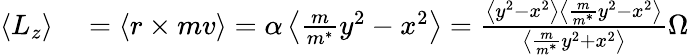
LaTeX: \begin{array}{rl}{\left<L_{z}\right>}&{{}=\left<r\times mv\right>=\alpha\left<\frac{m}{m^{*}}y^{2}-x^{2}\right>=\frac{\left<y^{2}-x^{2}\right>\left<\frac{m}{m^{*}}y^{2}-x^{2}\right>}{\left<\frac{m}{m^{*}}y^{2}+x^{2}\right>}\Omega}\end{array}